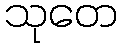
သုတေ